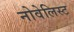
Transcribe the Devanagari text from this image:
नोवेलिस्ट